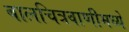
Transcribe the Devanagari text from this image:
बालचित्रवाणीमध्ये